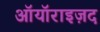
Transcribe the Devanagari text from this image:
ऑयॉराइज़द